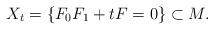
LaTeX: \begin{align*}X_t=\{ F_0F_1+tF=0 \}\subset M.\end{align*}